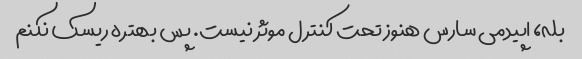
بله، اپیدمی سارس هنوز تحت کنترل موثر نیست. پس بهتره ریسک نکنم